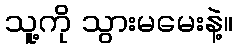
သူ့ကို သွားမမေးနဲ့။